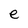
Character: e